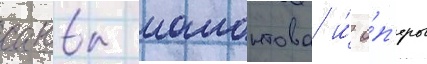
саввы мамонтова и́ о́п'еры